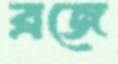
ব্রজে